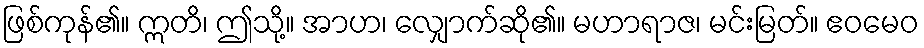
ဖြစ်ကုန်၏။ ဣတိ၊ ဤသို့။ အာဟ၊ လျှောက်ဆို၏။ မဟာရာဇ၊ မင်းမြတ်။ ဧဝမေဝ